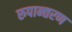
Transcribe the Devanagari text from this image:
रुपान्‍तरण